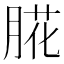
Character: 㬸